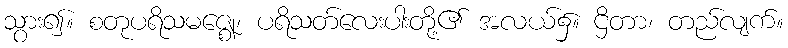
သွား၍။ စတုပရိသမဇ္ဈေ၊ ပရိသတ်လေးပါးတို့၏ အလယ်၌။ ဌိတာ၊ တည်လျက်။